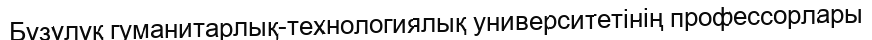
Бұзұлұқ гуманитарлық-технологиялық университетінің профессорлары